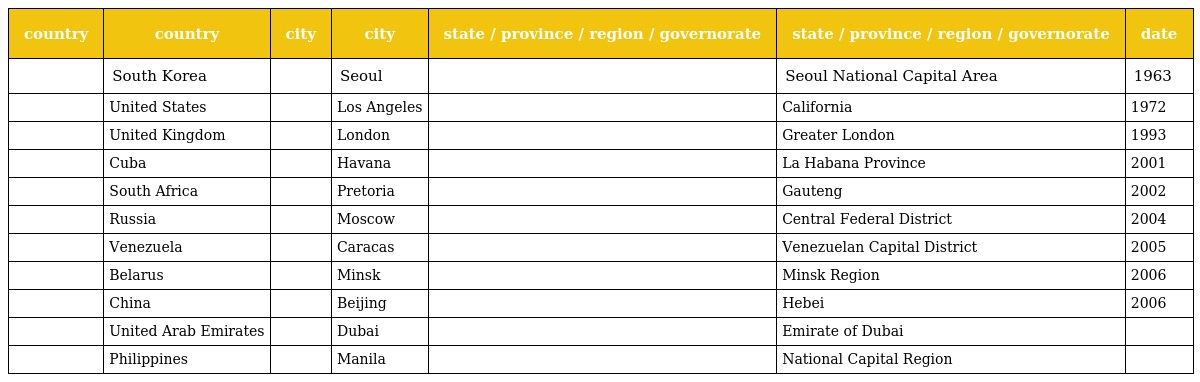
| country | country | city | city | state / province / region / governorate | state / province / region / governorate | date |
 | --- | --- | --- | --- | --- | --- | --- |
 |  | South Korea |  | Seoul |  | Seoul National Capital Area | 1963 |
 |  | United States |  | Los Angeles |  | California | 1972 |
 |  | United Kingdom |  | London |  | Greater London | 1993 |
 |  | Cuba |  | Havana |  | La Habana Province | 2001 |
 |  | South Africa |  | Pretoria |  | Gauteng | 2002 |
 |  | Russia |  | Moscow |  | Central Federal District | 2004 |
 |  | Venezuela |  | Caracas |  | Venezuelan Capital District | 2005 |
 |  | Belarus |  | Minsk |  | Minsk Region | 2006 |
 |  | China |  | Beijing |  | Hebei | 2006 |
 |  | United Arab Emirates |  | Dubai |  | Emirate of Dubai |  |
 |  | Philippines |  | Manila |  | National Capital Region |  |